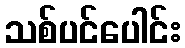
သစ်ပင်ပေါင်း